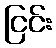
ငြင်း